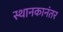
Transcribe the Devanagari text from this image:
स्थानकानंतर